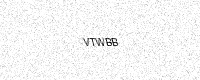
Text: VTWBB